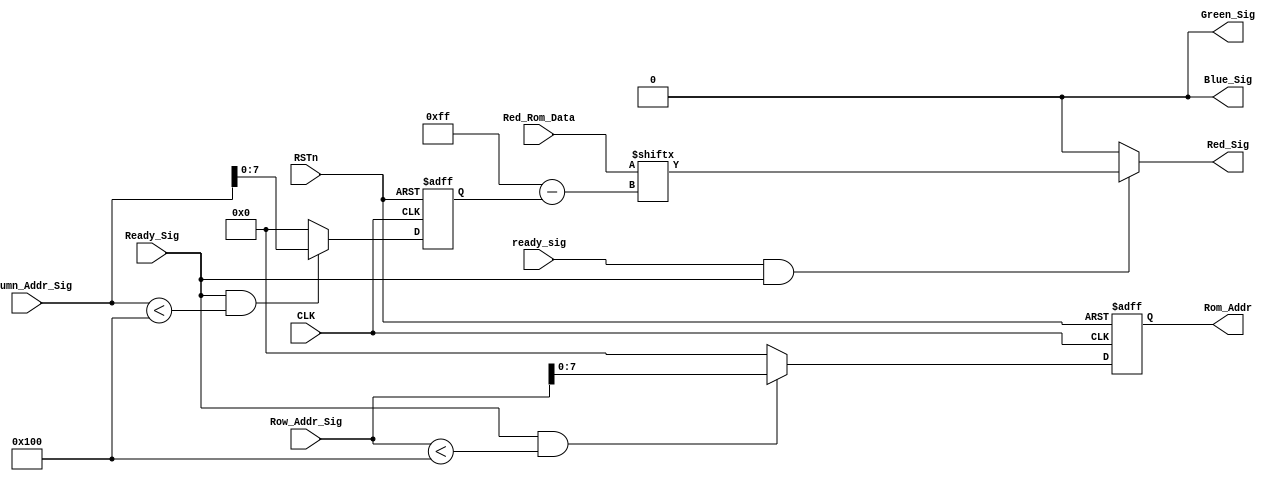
module ready_vga_control_module
(
     CLK,RSTn,ready_sig,Ready_Sig, Column_Addr_Sig, Row_Addr_Sig,
	 Red_Rom_Data,Rom_Addr,Red_Sig, Green_Sig, Blue_Sig
);
     input CLK;
	 input RSTn;
	 input Ready_Sig;
	 input ready_sig;
	 input [10:0]Column_Addr_Sig;
	 input [10:0]Row_Addr_Sig;	 
	 input [255:0]Red_Rom_Data;
	 output [7:0]Rom_Addr;	 
	 output Red_Sig;
	 output Green_Sig;
	 output Blue_Sig;
	 
	 
	 /**********************************/
	 
	 reg [7:0]m;
	 
	 always @ ( posedge CLK or negedge RSTn )
	     if( !RSTn )
				m <= 8'd0; 
		  else if( Ready_Sig && Row_Addr_Sig < 256 )
		      m <= Row_Addr_Sig[7:0];
		  else
		      m <= 8'd0;
	
    reg [7:0]n;
	 
	 always @ ( posedge CLK or negedge RSTn )
	     if( !RSTn )
		      n <= 8'd0;
		  else if( Ready_Sig && Column_Addr_Sig < 256 )
		      n <= Column_Addr_Sig[7:0];
		  else 
		      n <= 8'd0;
				
	/************************************/
	
     assign Rom_Addr = m;
	
	 assign Red_Sig = (ready_sig&&Ready_Sig) ? Red_Rom_Data[8'd255-n] : 1'b0;
	 assign Green_Sig = 1'b0;
	 assign Blue_Sig = 1'b0;
	 
	/***********************************/
	 

endmodule